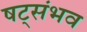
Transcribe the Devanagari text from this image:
षट्संभव